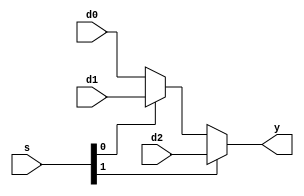
module mux3 #(parameter WIDTH = 8)(
	input  [WIDTH-1:0] d0, d1, d2,
	input  [1:0] s,
	output  [WIDTH-1:0] y);

	assign y = s[1] ? d2 : (s[0] ? d1 : d0);

endmodule